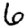
Digit: 6